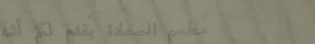
مطعم السعادة يقدم لكم أشه